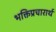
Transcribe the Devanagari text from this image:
भक्तिप्रचारार्थ